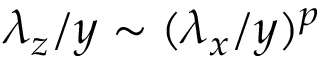
\lambda _ { z } / y \sim ( \lambda _ { x } / y ) ^ { p }